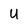
Character: U